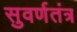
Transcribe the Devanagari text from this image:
सुवर्णतंत्र